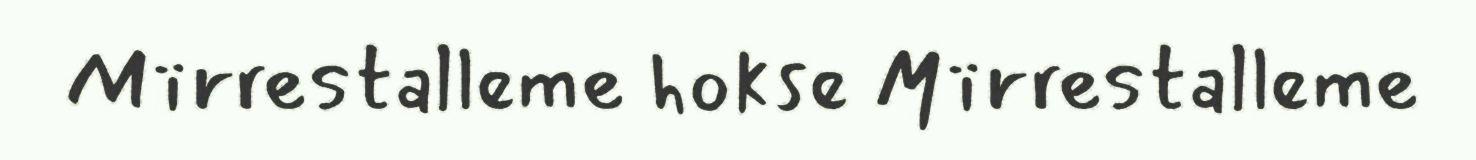
Mïrrestalleme hokse Mïrrestalleme